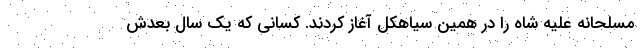
مسلحانه علیه شاه را در همین سیاهکل آغاز کردند. کسانی که یک سال بعدش